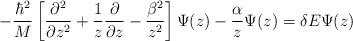
LaTeX: \begin{align*}-\frac{\hbar^2}{M}\left[\frac{\partial^2}{\partial z^2}+\frac{1}{z}\frac{\partial}{\partial z}-\frac{\beta^2}{z^2}\right]\Psi(z)-\frac{\alpha}{z}\Psi(z)=\delta E\Psi(z)\end{align*}